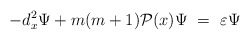
\begin{align*}- d_x^2 \Psi + m(m + 1) {\cal P}(x) \Psi \ =\ \varepsilon \Psi\end{align*}